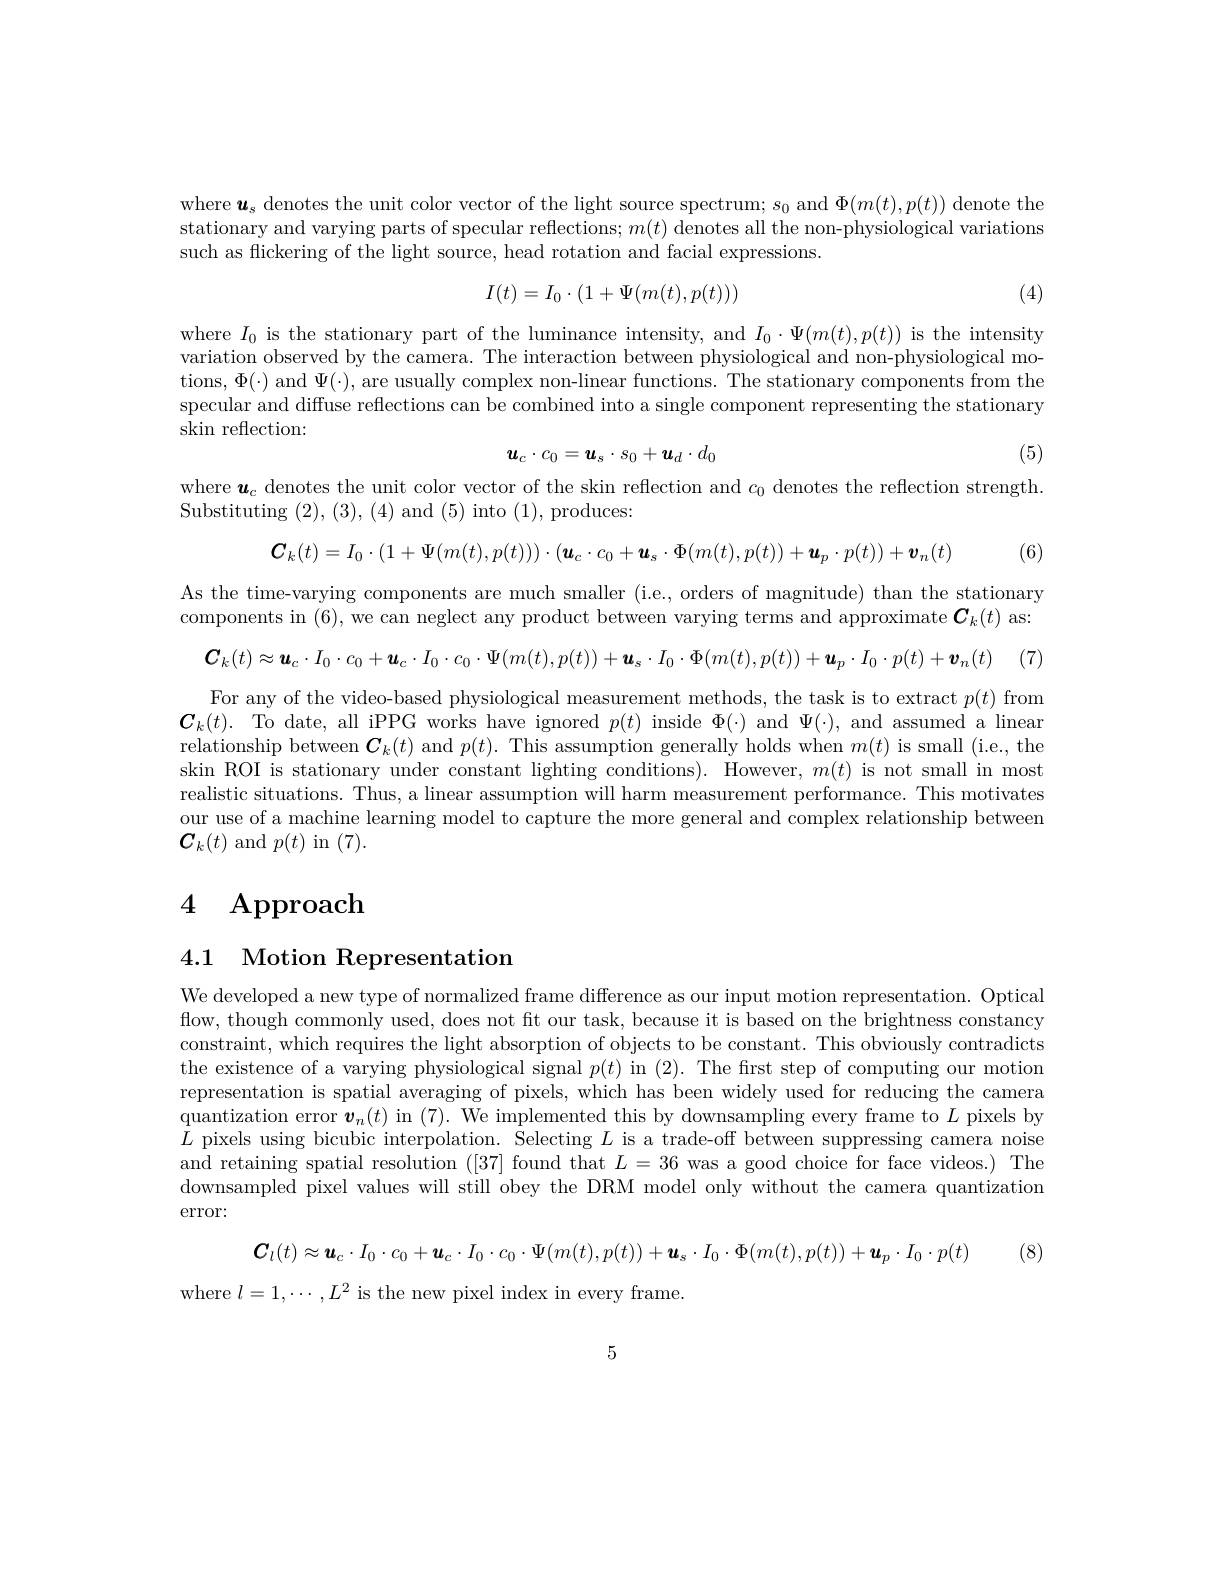
where $\boldsymbol{u}_s$ denotes the unit color vector of the light source spectrum; $s_0$ and $\Phi(m(t),p(t))$ denote the stationary and varying parts of specular reflections; $m(t)$ denotes all the non-physiological variations such as flickering of the light source, head rotation and facial expressions.
$$I(t)=I_0\cdot(1+\Psi(m(t),p(t)))$$
(4)

where $I_0$ is the stationary part of the luminance intensity, and $I_0\cdot\Psi(m(t),p(t))$ is the intensity variation observed by the camera. The interaction between physiological and non-physiological motions, $\Phi(\cdot)$ and $\Psi(\cdot)$, are usually complex non-linear functions. The stationary components from the specular and diffuse reflections can be combined into a single component representing the stationary $\operatorname{skin}$ reflection:

(5)
$$\boldsymbol{u}_c\cdot c_0=\boldsymbol{u}_s\cdot s_0+\boldsymbol{u}_d\cdot d_0$$
where $\boldsymbol{u}_{c}$ denotes the unit color vector of the skin reflection and $c_0$ denotes the reflection strength

Substituting (2), (3), (4) and (5) into (1), produces:

$\boldsymbol{C}_k( t) = I_0\cdot ( 1+ \Psi ( m( t) , p( t) ) ) \cdot ( \boldsymbol{u}_c\cdot c_0+ \boldsymbol{u}_s\cdot \Phi ( m( t) , p( t) ) + \boldsymbol{u}_p\cdot p( t) ) + \boldsymbol{v}_n( t)$ (6)

As the time-varying components are much smaller (i.e., orders of magnitude) than the stationary components in (6),we can neglect any product between varying terms and approximate $\boldsymbol{C}_k(t)$ as:

$\boldsymbol{C}_k( t) \approx \boldsymbol{u}_c\cdot I_0\cdot c_0+ \boldsymbol{u}_c\cdot I_0\cdot c_0\cdot \Psi ( m( t) , p( t) ) + \boldsymbol{u}_s\cdot I_0\cdot \Phi ( m( t) , p( t) ) + \boldsymbol{u}_p\cdot I_0\cdot p( t) + \boldsymbol{v}_n( t)$ (7)

For any of the video-based physiological measurement methods, the task is to extract $p(t)$ from $\boldsymbol{C}_{k}(t).$ To date, all iPPG works have ignored $p(t)$ inside $\Phi(\cdot)$ and $\Psi(\cdot)$, and assumed a linear relationship between $\boldsymbol{C}_k(t)$ and $p(t).$ This assumption generally holds when $m(t)$ is small (i.e., the skin ROI is stationary under constant lighting conditions). However, $m(t)$ is not small in most realistic situations. Thus, a linear assumption will harm measurement performance. This motivates our use of a machine learning model to capture the more general and complex relationship between $\boldsymbol{C}_{k}(t)$ and $p(t)$ in (7).

# 4 Approach

# 4.1 Motion Representation

We developed a new type of normalized frame difference as our input motion representation. Optical flow, though commonly used, does not fit our task, because it is based on the brightness constancy constraint, which requires the light absorption of objects to be constant. This obviously contradicts the existence of a varying physiological signal $p(t)$ in (2). The first step of computing our motion representation is spatial averaging of pixels, which has been widely used for reducing the camera quantization error $\boldsymbol{v}_n(t)$ in (7). We implemented this by downsampling every frame to $L$ pixels by $L$ pixels using bicubic interpolation. Selecting $L$ is a trade-off between suppressing camera noise and retaining spatial resolution ([37] found that $L=36$ was a good choice for face videos.) The downsampled pixel values will still obey the DRM model only without the camera quantization error:

$\boldsymbol{C}_{l}( t) \approx \boldsymbol{u}_{c}\cdot I_{0}\cdot c_{0}+ \boldsymbol{u}_{c}\cdot I_{0}\cdot c_{0}\cdot \Psi ( m( t) , p( t) ) + \boldsymbol{u}_{s}\cdot I_{0}\cdot \Phi ( m( t) , p( t) ) + \boldsymbol{u}_{p}\cdot I_{0}\cdot p( t)$ (8)

where $l=1,\cdots,L^{2}$ is the new pixel index in every frame.

5